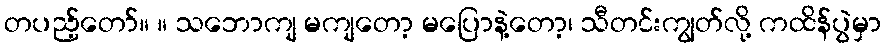
တပည့်တော်။ ။ သဘောကျ မကျတော့ မပြောနဲ့တော့၊ သီတင်းကျွတ်လို့ ကထိန်ပွဲမှာ